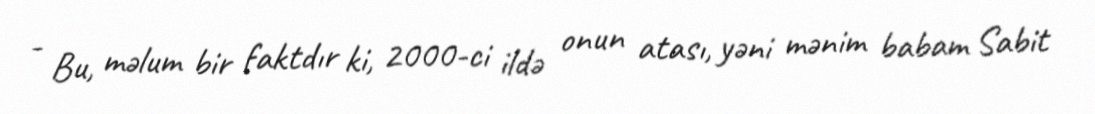
- Bu, məlum bir faktdır ki, 2000-ci ildə onun atası, yəni mənim babam Sabit